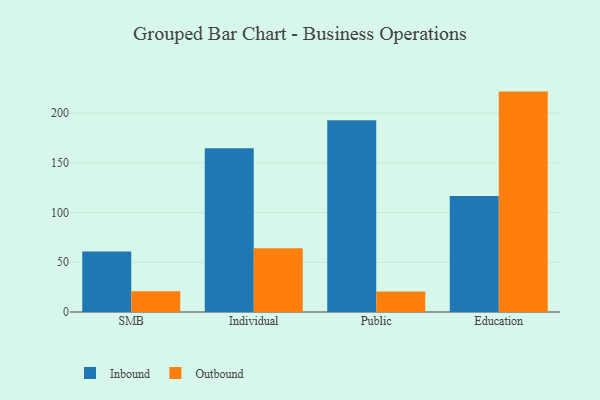
{"axis": {"x": "Segment", "y": "Page Views"}, "legend": ["Inbound", "Outbound"], "data": [{"x": "SMB", "y": 60.8, "type": "Inbound"}, {"x": "SMB", "y": 20.8, "type": "Outbound"}, {"x": "Individual", "y": 164.6, "type": "Inbound"}, {"x": "Individual", "y": 64.2, "type": "Outbound"}, {"x": "Public", "y": 192.7, "type": "Inbound"}, {"x": "Public", "y": 20.6, "type": "Outbound"}, {"x": "Education", "y": 116.7, "type": "Inbound"}, {"x": "Education", "y": 221.6, "type": "Outbound"}]}